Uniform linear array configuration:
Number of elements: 48
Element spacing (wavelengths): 0.75
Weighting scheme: hamming
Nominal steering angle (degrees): -15
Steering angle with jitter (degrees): -14.364
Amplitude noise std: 0.05
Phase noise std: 0.05

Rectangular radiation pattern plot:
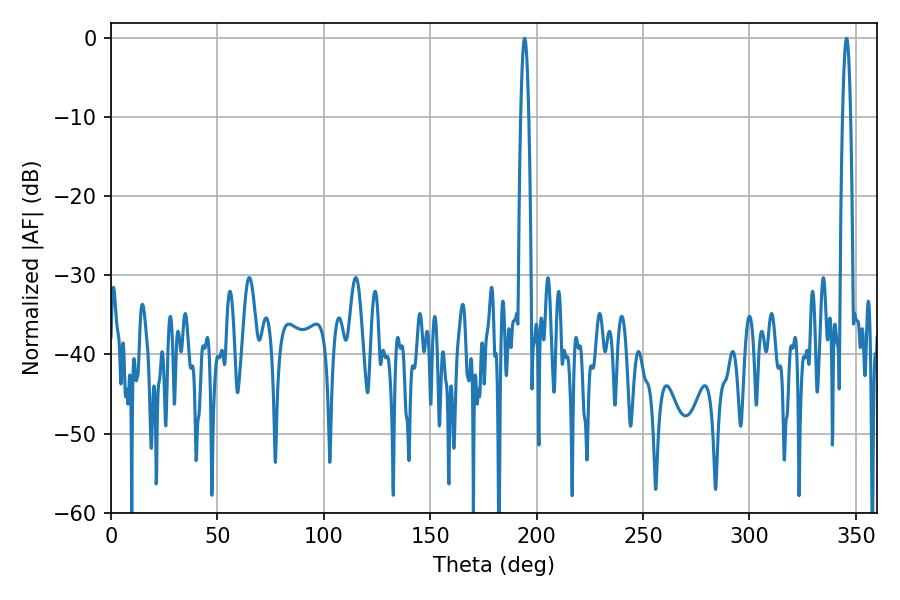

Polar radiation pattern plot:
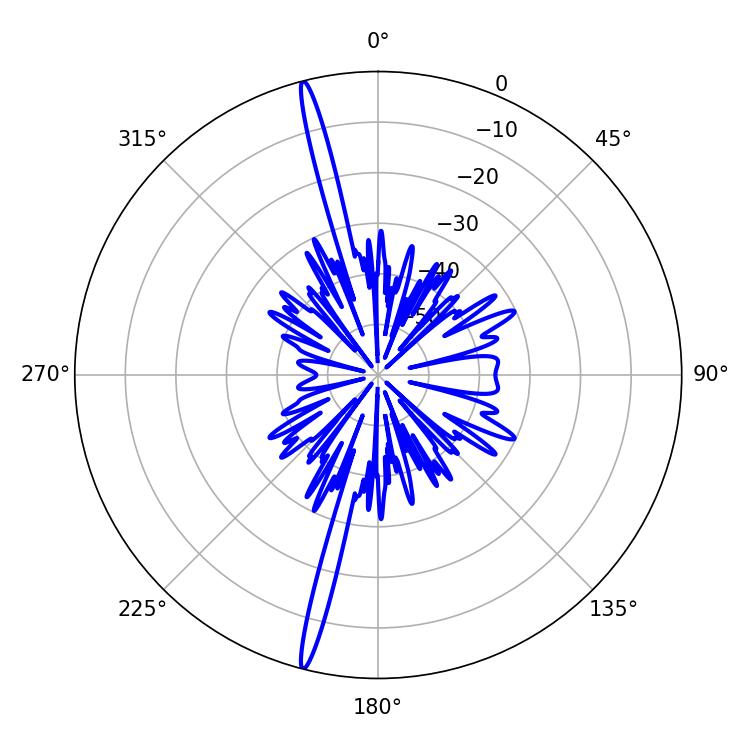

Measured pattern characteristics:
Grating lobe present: TRUE
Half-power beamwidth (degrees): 1.98
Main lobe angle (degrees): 345.6